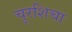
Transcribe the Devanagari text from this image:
चुरशिचा